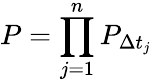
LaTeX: P=\prod_{j=1}^{n}P_{\Delta t_{j}}